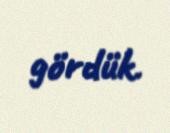
gördük.